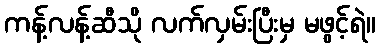
ကန့်လန့်ဆီသို လက်လှမ်းပြီးမှ မဖွင့်ရဲ။